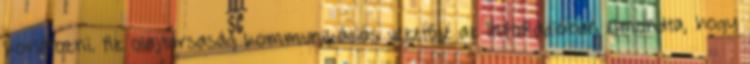
korlátozni. Az olajtársaság kommunikációs vezetője az InfoRádióban elmondta, hogy